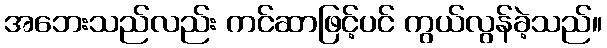
အဘေးသည်လည်း ကင်ဆာဖြင့်ပင် ကွယ်လွန်ခဲ့သည်။